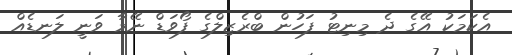
އެކަމަކު އޭގެ ދެ މިނިޓު ފަހުން ބްރެޒިލްގެ ފޯވަޑް ނޭމާ ވަނީ ލަނޑެއް